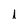
Character: I